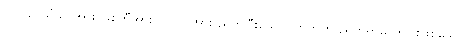
ပရိဝါ၌ သံဃာအား၊ စေတီအား၊ ပုဂ္ဂိုလ်အား ညွတ်ပြီးသော လာဘ်ကို ညွတ်ရာမှ တပါးဖြစ်သော